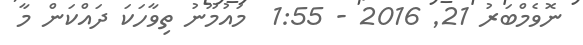
ނޮވެމްބަރު 21